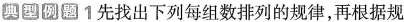
典型例题 1先找出下列每组数排列的规律，再根据规